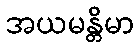
အယမန္တိမာ